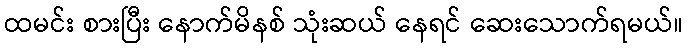
ထမင်း စားပြီး နောက်မိနစ် သုံးဆယ် နေရင် ဆေးသောက်ရမယ်။